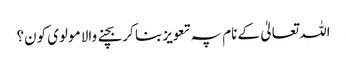
اللہ تعالیٰ کے نام پہ تعویز بنا کر بچنے والا مولوی کون؟